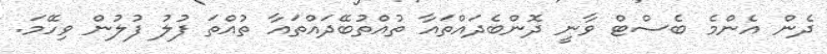
ދެން އެންމެ ބެސްޓް ވާނީ ދޮންބެދައްތައާ ތުއްތުބޭދައްތައާ ތުއްތަ ފުލު ފުލުން ވިހޭމަ.